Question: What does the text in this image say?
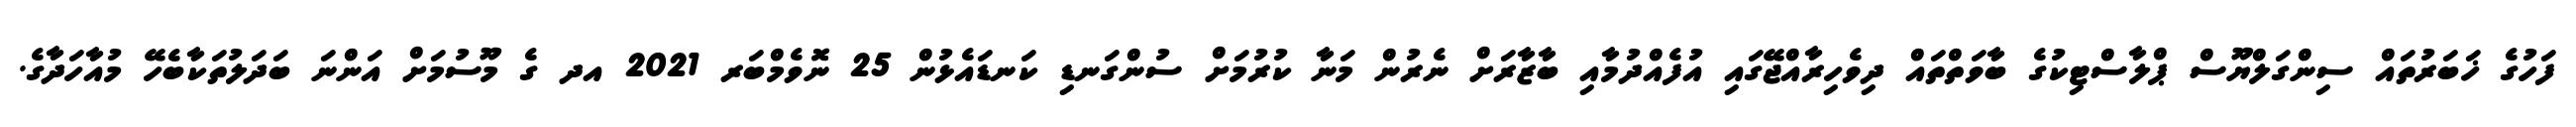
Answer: ފަހުގެ ޚަބަރުތައް ސިންގަލްޔޫސް ޕްލާސްޓިކުގެ ބާވަތްތައް ދިވެހިރާއްޖޭގައި އުފެއްދުމާއި ބާޒާރަށް ނެރުން މަނާ ކުރުމަށް ސުންގަނޑި ކަނޑައެޅުން 25 ނޮވެމްބަރ 2021 އދ ގެ މޫސުމަށް އަންނަ ބަދަލުތަކާބެހޭ މުއާހަދާގެ.